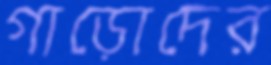
গাড়োদের